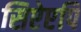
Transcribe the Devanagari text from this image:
सिऐएपि